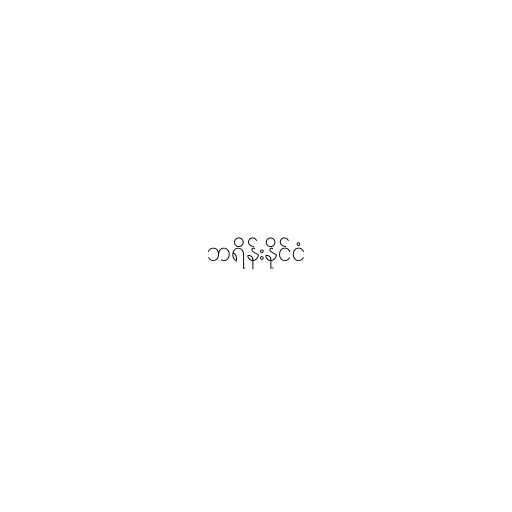
ဘရိန်းနိုင်ငံ